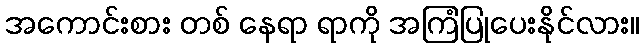
အကောင်းစား တစ် နေရာ ရာကို အကြံပြုပေးနိုင်လား။